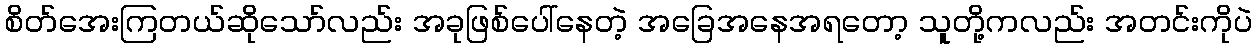
စိတ်အေးကြတယ်ဆိုသော်လည်း အခုဖြစ်ပေါ်နေတဲ့ အခြေအနေအရတော့ သူတို့ကလည်း အတင်းကိုပဲ